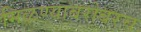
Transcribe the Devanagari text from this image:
मिळण्याबरोबरच